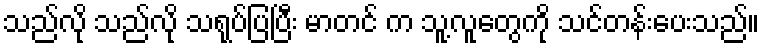
သည်လို သည်လို သရုပ်ပြပြီး မာတင် က သူ့လူတွေကို သင်တန်းပေးသည်။